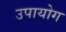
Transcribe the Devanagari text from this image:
उपायोग